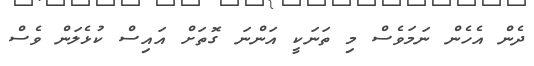
ދެން އެހެން ނަމަވެސް މި ތަނަކީ އަންނަ ގޮތަށް އައިސް ކުޅެލަން ވެސް